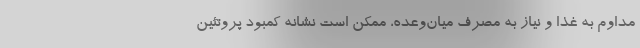
مداوم به غذا و نیاز به مصرف میان‌وعده، ممکن است نشانه کمبود پروتئین